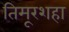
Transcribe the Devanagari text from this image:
तिमूरशहा